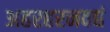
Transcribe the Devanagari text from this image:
अहरहरनवद्यं